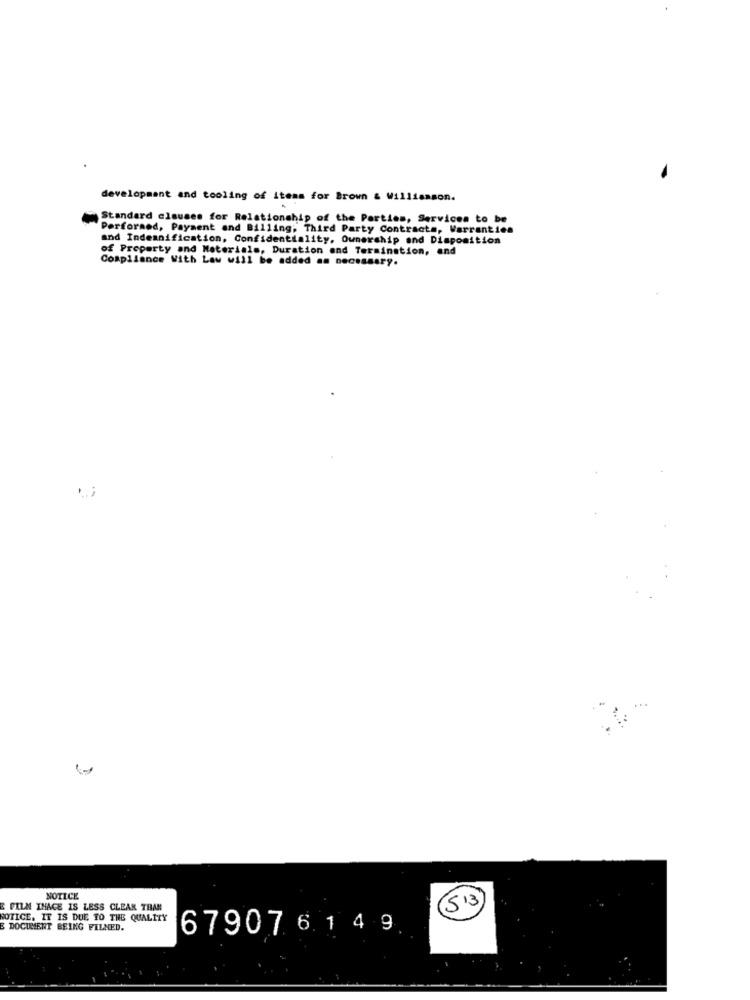
development and tooling of items for Brown & Williamson.
Standard clauses for Relationship of the Parties, Services to be
Performed, Payment and Billing, Third Party Contracts, Warranties
and Indeanification, Confidentiality, Ownership and Disposition
of Property and Materials, Duration and Termination, and
Compliance With Law will be added as necessary.
NOTICE
E FILM IHACE IS LESS CLEAN THAN
(513
NOTICE. IT IS DUE TO THE QUALITY
E DOCUMENT BEING FILNED.
67907 6 1 4 9